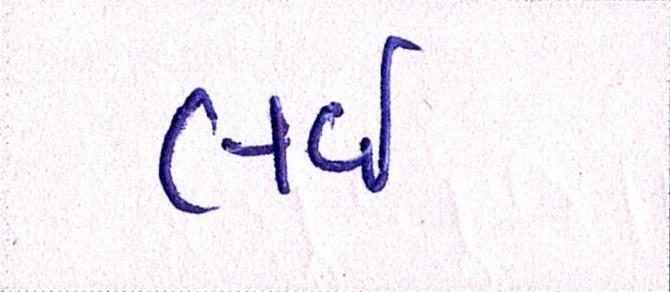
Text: લઇ